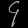
Digit: ၄